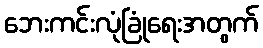
ဘေးကင်းလုံခြုံရေးအတွက်